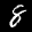
Label: 8